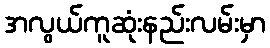
အလွယ်ကူဆုံးနည်းလမ်းမှာ